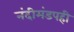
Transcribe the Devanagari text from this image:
नंदीमंडपही